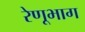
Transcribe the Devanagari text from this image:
रेणूभाग